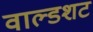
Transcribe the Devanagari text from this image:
वाल्डशट